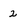
Character: 2